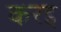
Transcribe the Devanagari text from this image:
करइ